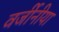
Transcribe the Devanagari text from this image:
वर्जीनीया